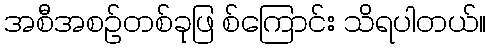
အစီအစဉ်တစ်ခုဖြ စ်ကြောင်း သိရပါတယ်။